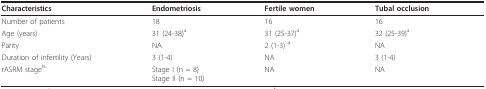
<table><thead><tr><td><b>Characteristics</b></td><td><b>Endometriosis</b></td><td><b>Fertile women</b></td><td><b>Tubal occlusion</b></td></tr></thead><tbody><tr><td>Number of patients</td><td>18</td><td>16</td><td>16</td></tr><tr><td>Age (years)</td><td>31 (24-38)<sup>a</sup></td><td>31 (25-37)<sup>a</sup></td><td>32 (25-39)<sup>a</sup></td></tr><tr><td>Parity</td><td>NA</td><td>2 (1-3) <sup>a</sup></td><td>NA</td></tr><tr><td>Duration of infertility (Years)</td><td>3 (1-4)</td><td>NA</td><td>3 (1-4)</td></tr><tr><td>rASRM stage<sup>b</sup></td><td>Stage I (n = 8)Stage II (n = 10)</td><td>NA</td><td>NA</td></tr></tbody></table>